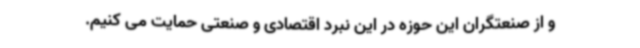
و از صنعتگران این حوزه در این نبرد اقتصادی و صنعتی حمایت می کنیم.